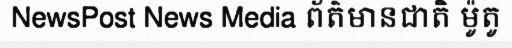
NewsPost News Media ព័ត៌មានជាតិ ម៉ូតូ